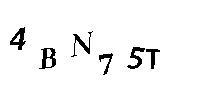
4BN75T